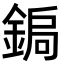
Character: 𮢑